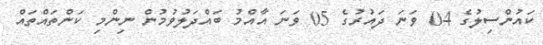
ކައުންސިލުގެ 04 ވަނަ ދައުރުގެ 05 ވަނަ އާއްމު ބައްދަލުވުމުން ނިންމި ކަންތައްތައް